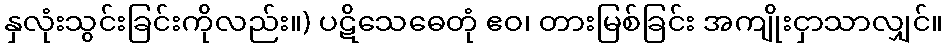
နှလုံးသွင်းခြင်းကိုလည်း။) ပဋိသေဓေတုံ ဧဝ၊ တားမြစ်ခြင်း အကျိုးငှာသာလျှင်။